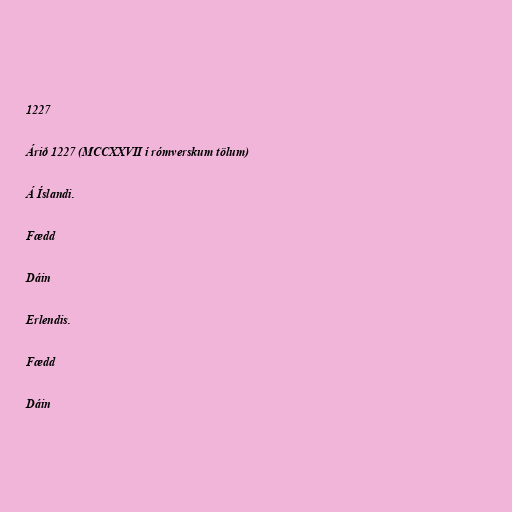
1227

Árið 1227 (MCCXXVII í rómverskum tölum)

Á Íslandi.

Fædd

Dáin

Erlendis.

Fædd

Dáin